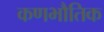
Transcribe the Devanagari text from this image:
कणभौतिक